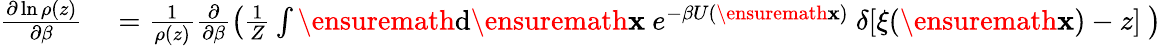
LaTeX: \begin{array}{rl}{\frac{\partial\ln\rho(z)}{\partial\beta}}&{{}=\frac{1}{\rho(z)}\frac{\partial}{\partial\beta}\left(\frac{1}{Z}\int\ensuremath{\mathrm{d}}\ensuremath{\mathbf{x}}\ e^{-\beta U(\ensuremath{\mathbf{x}})}\ \delta[\xi(\ensuremath{\mathbf{x}})-z]\ \right)}\end{array}